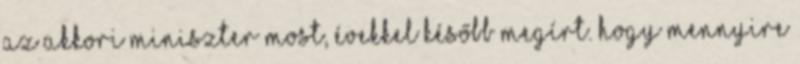
az akkori miniszter most, évekkel később megírt. Hogy mennyire